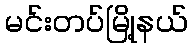
မင်းတပ်မြို့နယ်